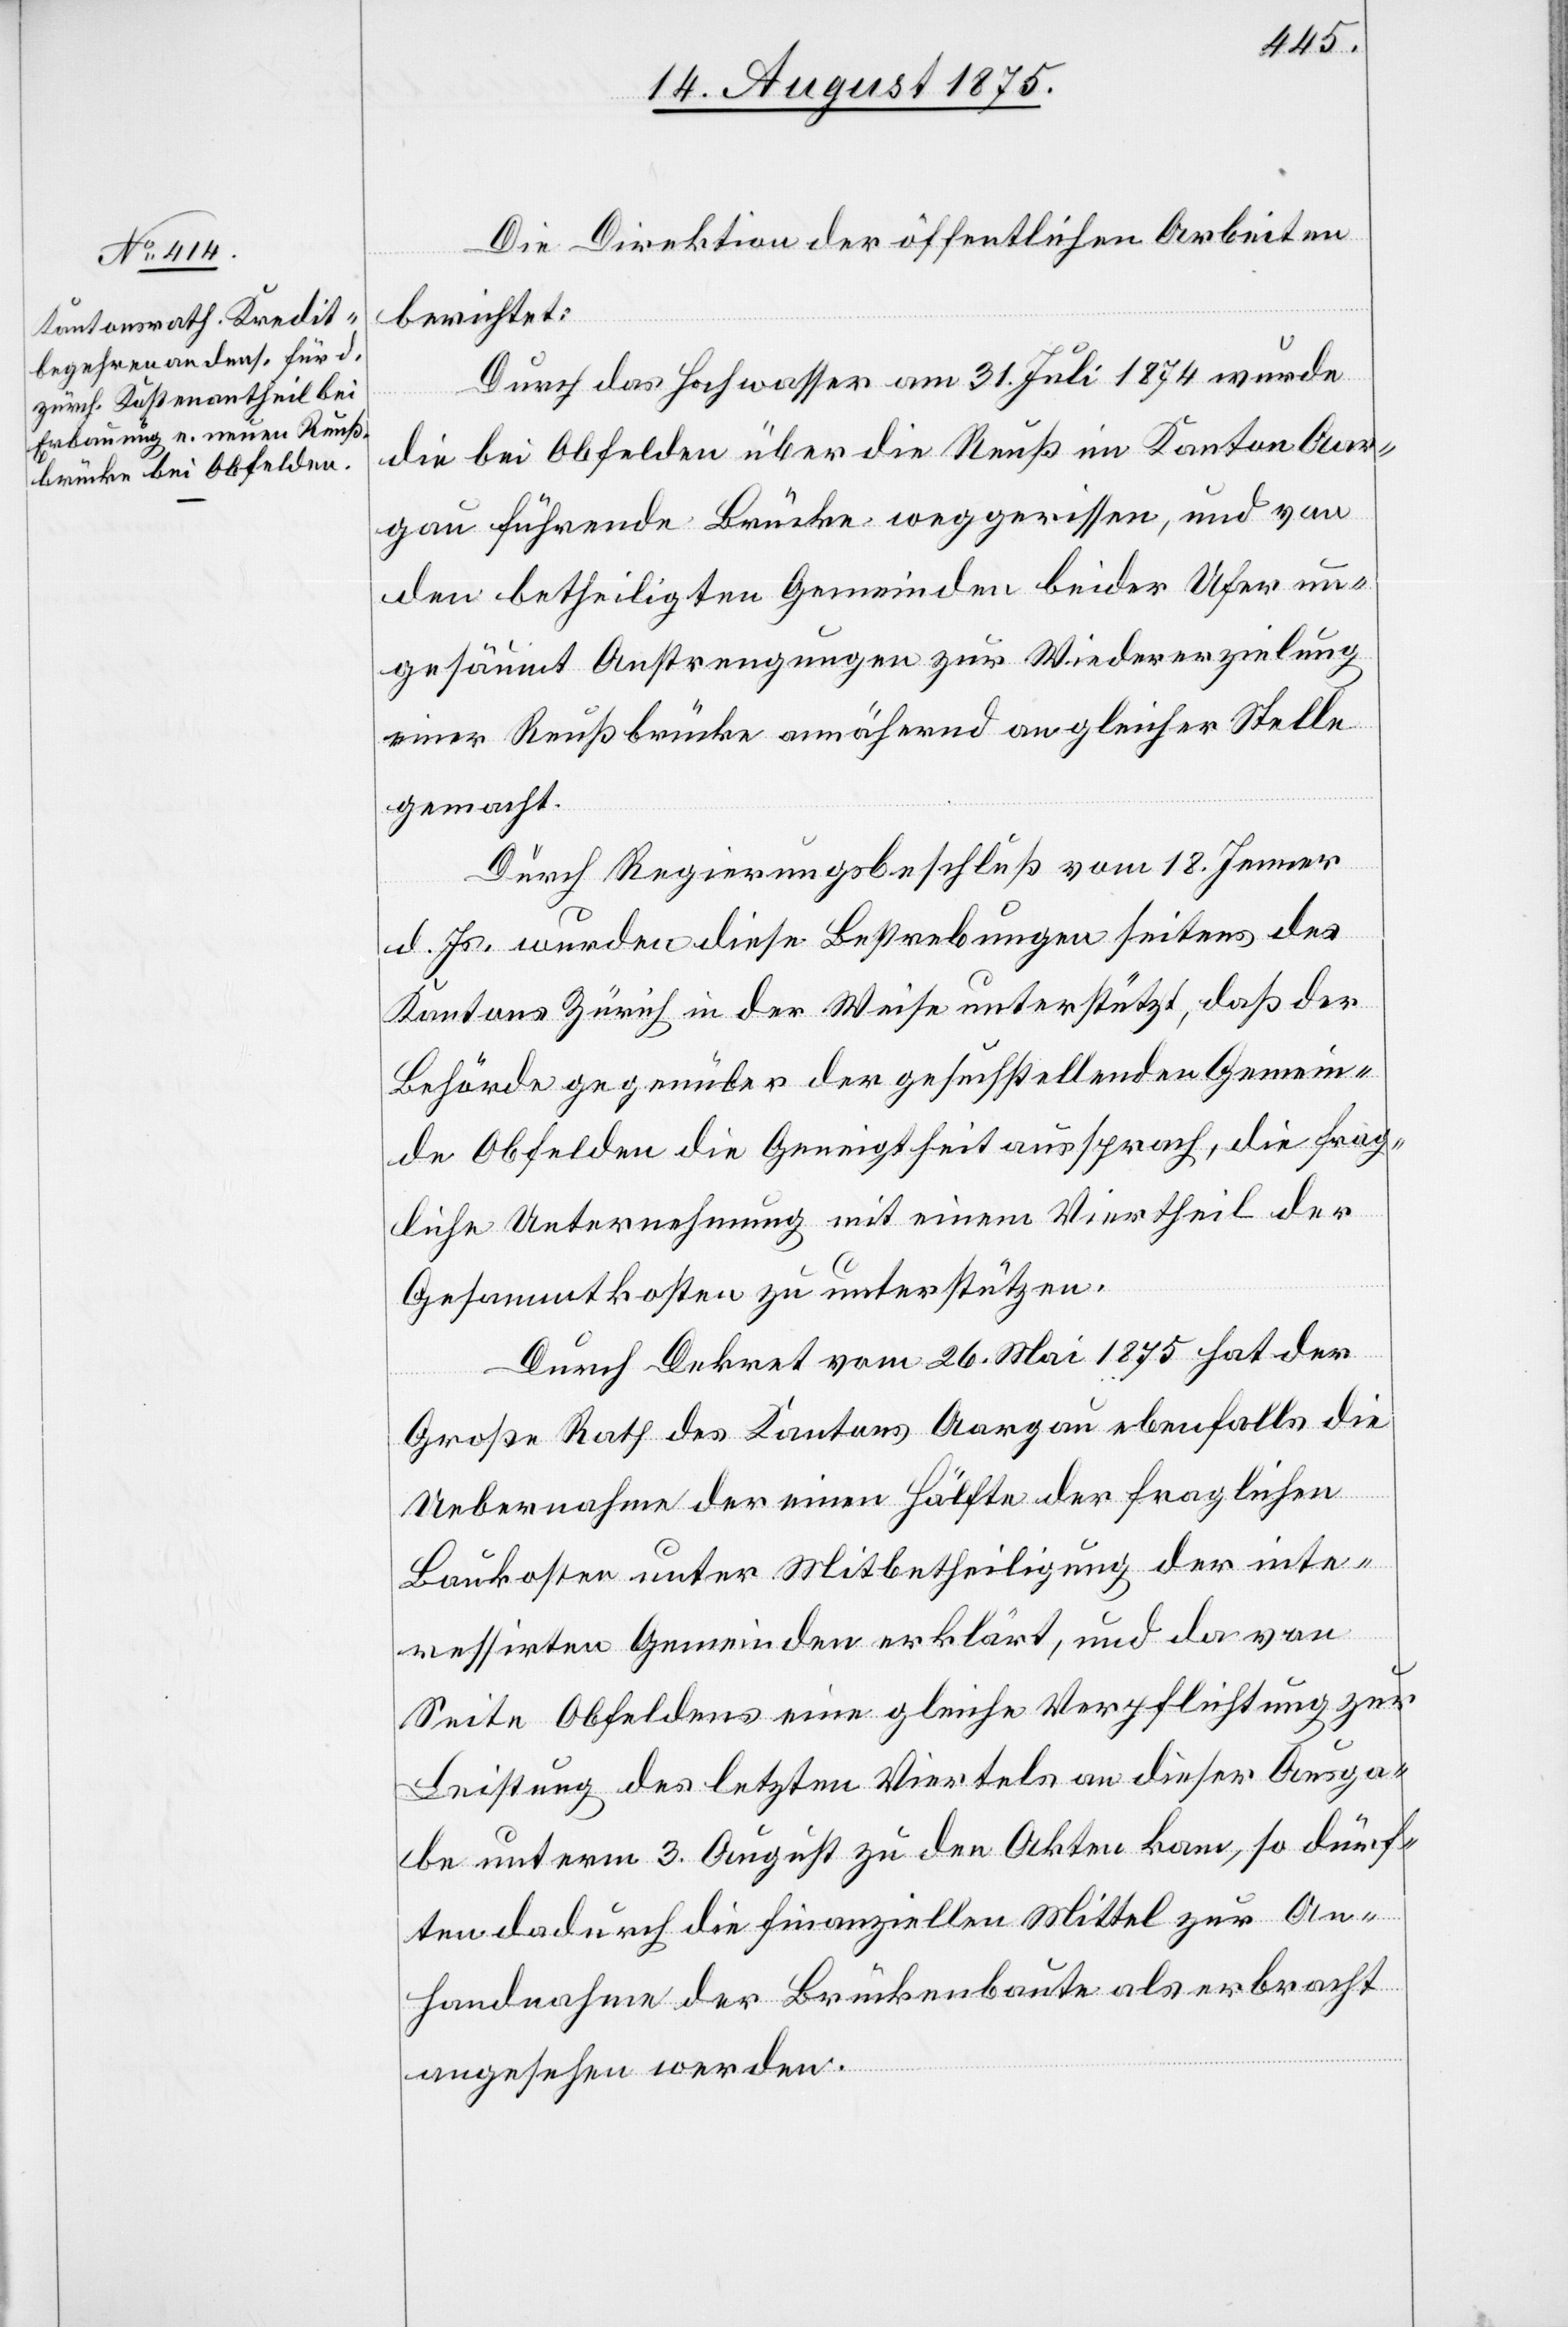
Die Direktion der öffentlichen Arbeiten
berichtet:
Durch das Hochwasser am 31. Juli 1874 wurde
die bei Obfelden über die Reuß im Kanton Aar¬
gau führende Brücke weggerissen, und von
den betheiligten Gemeinden beider Ufer un¬
gesäumt Anstrengungen zur Wiedererzielung
einer Reußbrücke annähernd an gleicher Stelle
gemacht.
Durch Regierungsbeschluß vom 18. Jenner
d. Js. wurden diese Bestrebungen seitens des
Kantons Zürich in der Weise unterstützt, daß der
Behörde gegenüber der gesuchstellenden Gemein¬
de Obfelden die Geneigtheit aussprach, die frag¬
liche Unternehmung mit einem Viertheil der
Gesammtkosten zu unterstützen.
Durch Dekret vom 26. Mai 1875 hat der
Große Rath des Kantons Aargau ebenfalls die
Uebernahme der einen Hälfte der fraglichen
Baukosten unter Mitbetheiligung der inte¬
ressirten Gemeinden erklärt, und da von
Seite Obfeldens eine gleiche Verpflichtung zur
Leistung des letzten Viertels an dieser Ausga¬
be unterm 3. August zu den Akten kam, so dürf¬
ten dadurch die finanziellen Mittel zur An¬
handnahme der Brückenbaute als erbracht
angesehen werden.